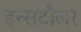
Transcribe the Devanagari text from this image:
इन्सटौलर